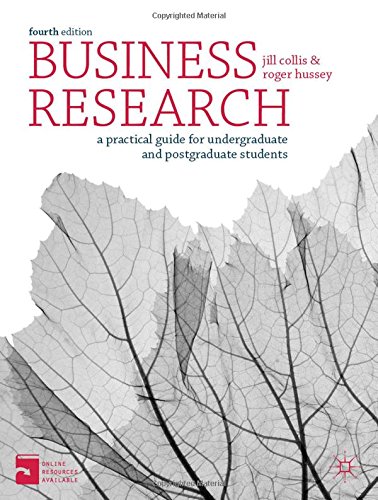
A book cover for Business Research: A Practical Guide for Undergraduate and Postgraduate Students; Jill Collis; Business & Money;